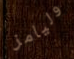
وليامز